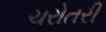
ચરોતરી